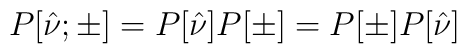
P[\hat{\nu};\pm]=P[\hat{\nu}]P[\pm]=P[\pm]P[\hat{\nu}]